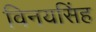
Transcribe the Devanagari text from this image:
विनयसिंह